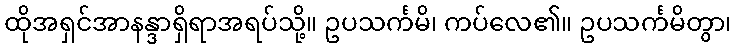
ထိုအရှင်အာနန္ဒာရှိရာအရပ်သို့။ ဥပသင်္ကမိ၊ ကပ်လေ၏။ ဥပသင်္ကမိတွာ၊